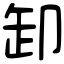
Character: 卸